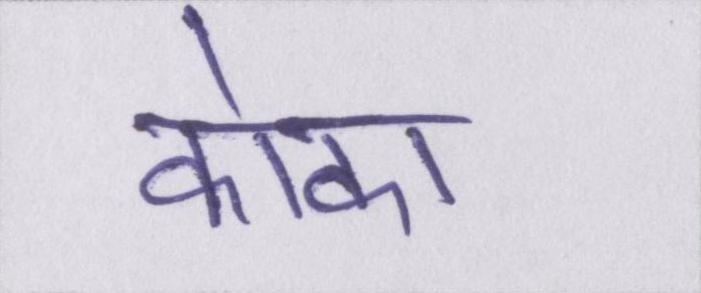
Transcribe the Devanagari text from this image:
कोका